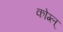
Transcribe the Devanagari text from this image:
कोग्ल्